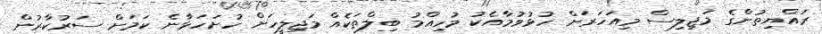
ރައްޔިތުންގެ މަޖިލިސް މިއަހަރަށް ހުޅުވުމާއެކު މުހިއްމު ބިލްތަކެއް މަޖިލީހަށް ހުށަހަޅާނެ ކަމަށް ސަރުކާރުން